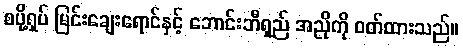
စပို့ရှပ် မြင်းချေးရောင်နှင့် ဘောင်းဘီရှည် အညိုကို ဝတ်ထားသည်။